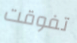
تفوقت